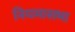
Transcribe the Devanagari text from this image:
नियमासभा